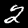
Label: 2